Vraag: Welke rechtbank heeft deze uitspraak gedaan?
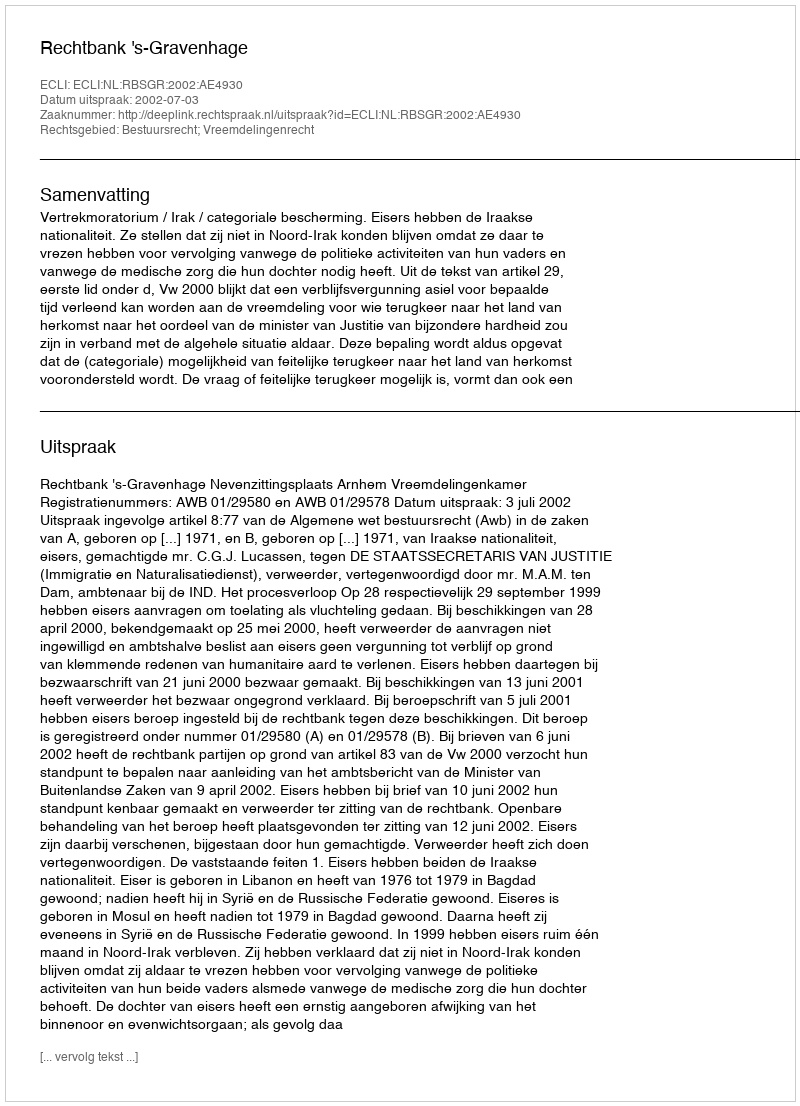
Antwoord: Rechtbank 's-Gravenhage